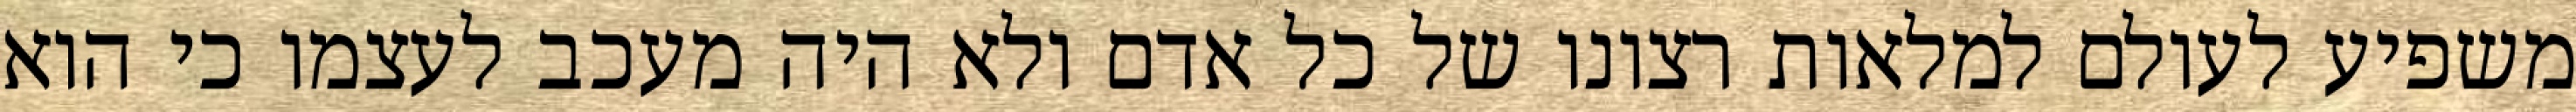
משפיע לעולם למלאות רצונו של כל אדם ולא היה מעכב לעצמו כי הוא